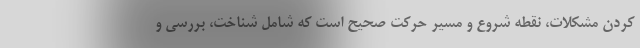
کردن مشکلات، نقطه شروع و مسیر حرکت صحیح است که شامل شناخت، بررسی و